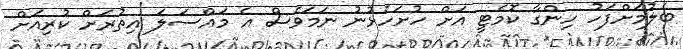
ބެލުމަށްފަހު ހިންގާ ކޮމެޓީ އަށް ހުށަހެޅުނު ނަމަވެސް އެ މައްސަލަ އިތުރަށް ކުރިއަށް